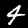
Label: 4